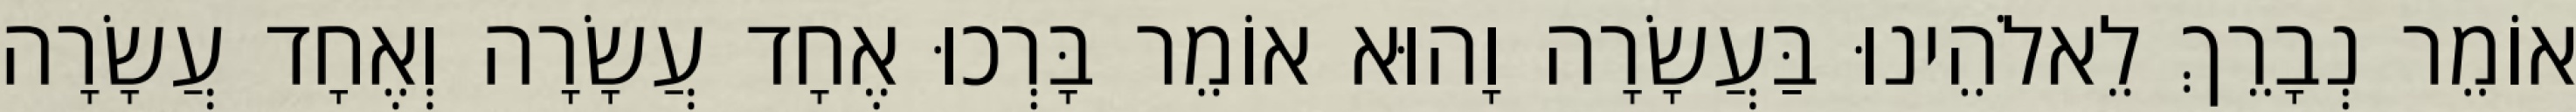
אוֹמֵר נְבָרֵךְ לֵאלֹהֵינוּ בַּעֲשָׂרָה וָהוּא אוֹמֵר בָּרְכוּ אֶחָד עֲשָׂרָה וְאֶחָד עֲשָׂרָה